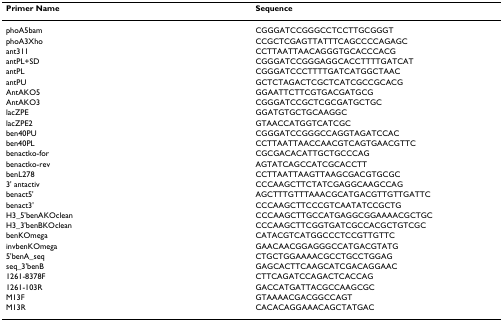
<table><thead><tr><td><b>Primer Name</b></td><td><b>Sequence</b></td></tr></thead><tbody><tr><td>phoA5bam</td><td>CGGGATCCGGGCCTCCTTGCGGGT</td></tr><tr><td>phoA3Xho</td><td>CCGCTCGAGTTATTTCAGCCCCAGAGC</td></tr><tr><td>ant311</td><td>CCTTAATTAACAGGGTGCACCCACG</td></tr><tr><td>antPL+SD</td><td>CGGGATCCGGGAGGCACCTTTTGATCAT</td></tr><tr><td>antPL</td><td>CGGGATCCCTTTTGATCATGGCTAAC</td></tr><tr><td>antPU</td><td>GCTCTAGACTCGCTCATCGCCGCACG</td></tr><tr><td>AntAKO5</td><td>GGAATTCTTCGTGACGATGCG</td></tr><tr><td>AntAKO3</td><td>CGGGATCCGCTCGCGATGCTGC</td></tr><tr><td>lacZPE</td><td>GGATGTGCTGCAAGGC</td></tr><tr><td>lacZPE2</td><td>GTAACCATGGTCATCGC</td></tr><tr><td>ben40PU</td><td>CGGGATCCGGGCCAGGTAGATCCAC</td></tr><tr><td>ben40PL</td><td>CCTTAATTAACCAACGTCAGTGAACGTTC</td></tr><tr><td>benactko-for</td><td>CGCGACACATTGCTGCCCAG</td></tr><tr><td>benactko-rev</td><td>AGTATCAGCCATCGCACCTT</td></tr><tr><td>benL278</td><td>CCTTAATTAAGTTAAGCGACGTGCGC</td></tr><tr><td>3&#x27; antactiv</td><td>CCCAAGCTTCTATCGAGGCAAGCCAG</td></tr><tr><td>benact5&#x27;</td><td>AGCTTTGTTTAAACGCATGACGTTGTTGATTC</td></tr><tr><td>benact3&#x27;</td><td>CCCAAGCTTCCCGTCAATATCCGCTG</td></tr><tr><td>H3_5&#x27;benAKOclean</td><td>CCCAAGCTTGCCATGAGGCGGAAAACGCTGC</td></tr><tr><td>H3_3&#x27;benBKOclean</td><td>CCCAAGCTTCGGTGATCGCCACGCTGTCGC</td></tr><tr><td>benKOmega</td><td>CATACGTCATGGCCCTCCGTTGTTC</td></tr><tr><td>invbenKOmega</td><td>GAACAACGGAGGGCCATGACGTATG</td></tr><tr><td>5&#x27;benA_seq</td><td>CTGCTGGAAAACGCCTGCCTGGAG</td></tr><tr><td>seq_3&#x27;benB</td><td>GAGCACTTCAAGCATCGACAGGAAC</td></tr><tr><td>1261-8378F</td><td>CTTCAGATCCAGACTCACCAG</td></tr><tr><td>1261-103R</td><td>GACCATGATTACGCCAAGCGC</td></tr><tr><td>M13F</td><td>GTAAAACGACGGCCAGT</td></tr><tr><td>M13R</td><td>CACACAGGAAACAGCTATGAC</td></tr></tbody></table>